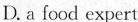
D.a food expert